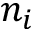
n _ { i }